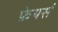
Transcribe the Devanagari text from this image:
फ़ेयर्स